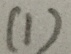
( 1 )